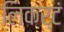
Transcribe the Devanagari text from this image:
लिकर्टं